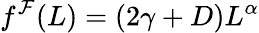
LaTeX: f^{\mathcal{F}}(L)=(2\gamma+D)L^{\alpha}